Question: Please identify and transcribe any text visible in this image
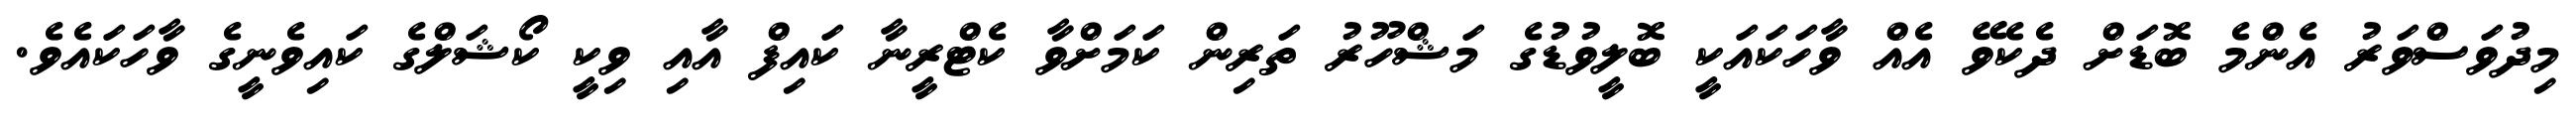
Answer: މިދުވަސްވަރު އެންމެ ބޮޑަށް ދެކެވޭ އެއް ވާހަކައަކީ ބޮލީވުޑުގެ މަޝްހޫރު ތަރިން ކަމަށްވާ ކެޓްރީނާ ކައިފް އާއި ވިކީ ކޯޝަލްގެ ކައިވެނީގެ ވާހަކައެވެ.